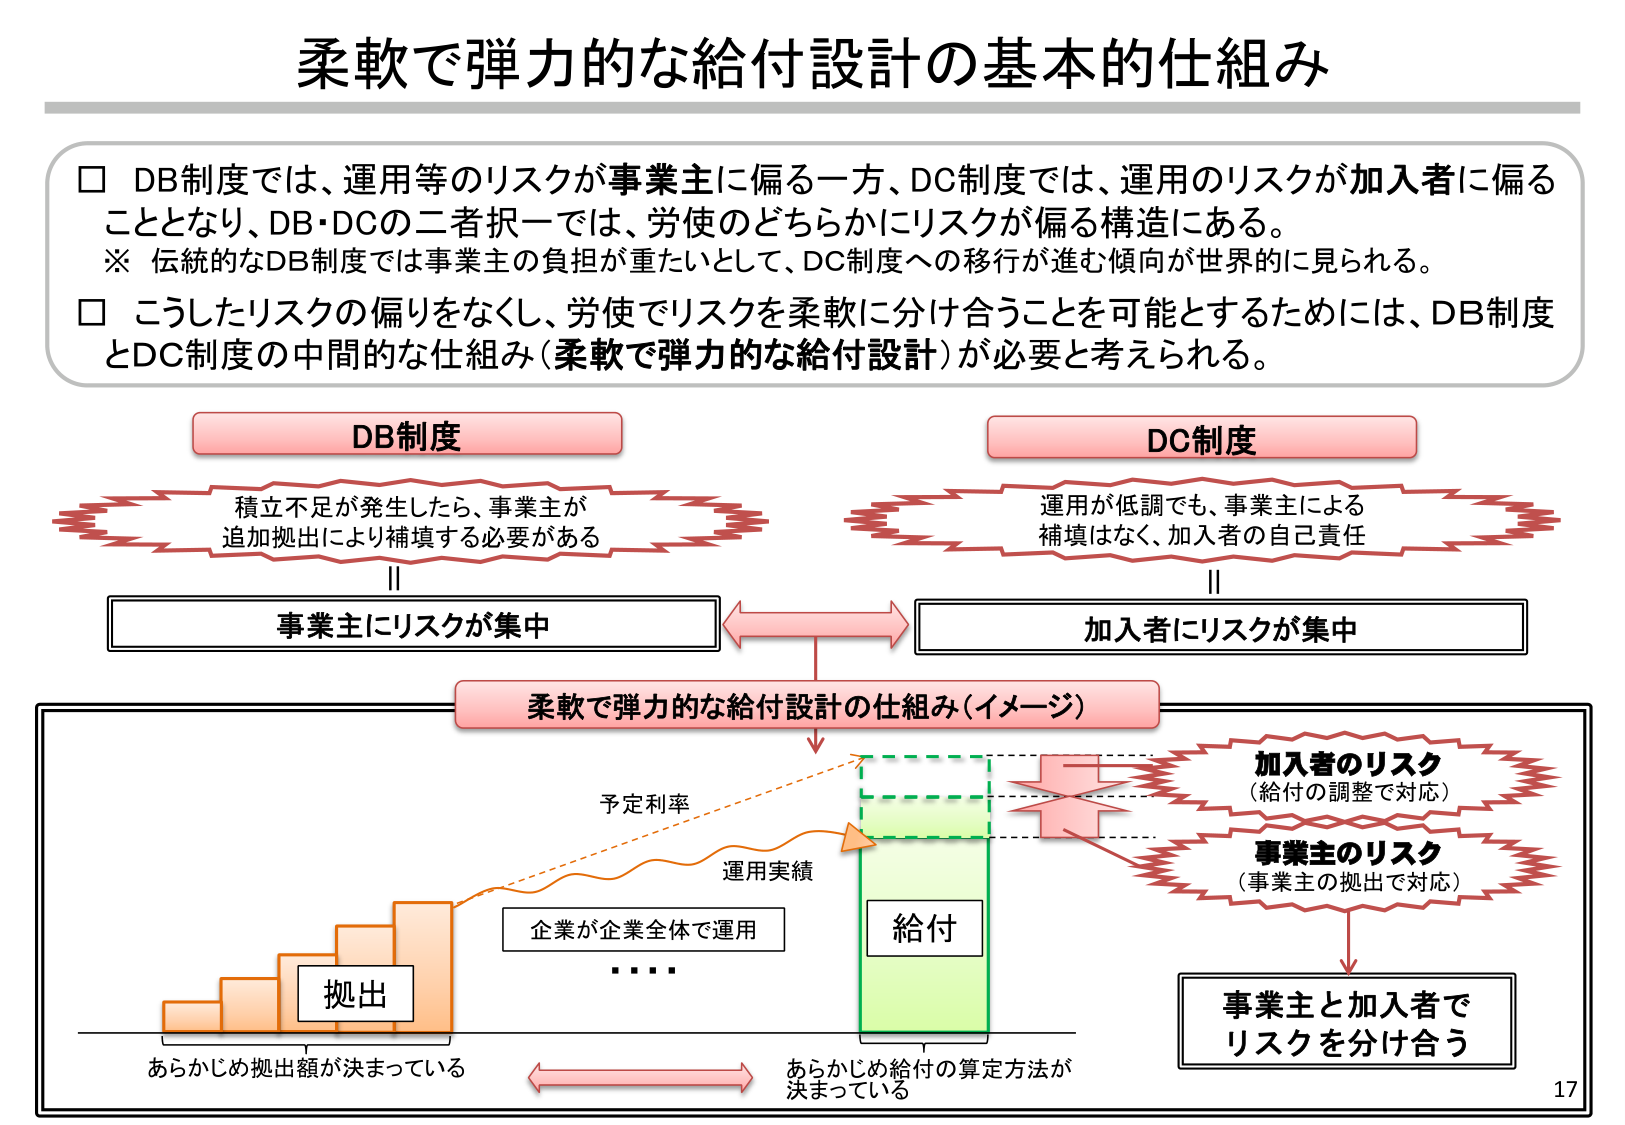
柔軟で弾力的な給付設計の基本的仕組み

□ DB制度では、運用等のリスクが事業主に偏る一方、DC制度では、運用のリスクが加入者に偏ることとなり、DB・DCの二者択一では、労使のどちらかにリスクが偏る構造にある。
※ 伝統的なDB制度では事業主の負担が重たいとして、DC制度への移行が進む傾向が世界的に見られる。
□ こうしたリスクの偏りをなくし、労使でリスクを柔軟に分け合うことを可能とするためには、DB制度とDC制度の中間的な仕組み（柔軟で弾力的な給付設計）が必要と考えられる。

DB制度
積立不足が発生したら、事業主が追加拠出により補填する必要がある

DC制度
運用が低調でも、事業主による補填はなく、加入者の自己責任

事業主にリスクが集中 ←→ 加入者にリスクが集中

柔軟で弾力的な給付設計の仕組み（イメージ）

予定利率
運用実績
企業が企業全体で運用
・・・・
拠出
あらかじめ拠出額が決まっている

給付
あらかじめ給付の算定方法が決まっている

加入者のリスク
（給付の調整で対応）
事業主のリスク
（事業主の拠出で対応）

事業主と加入者でリスクを分け合う

17